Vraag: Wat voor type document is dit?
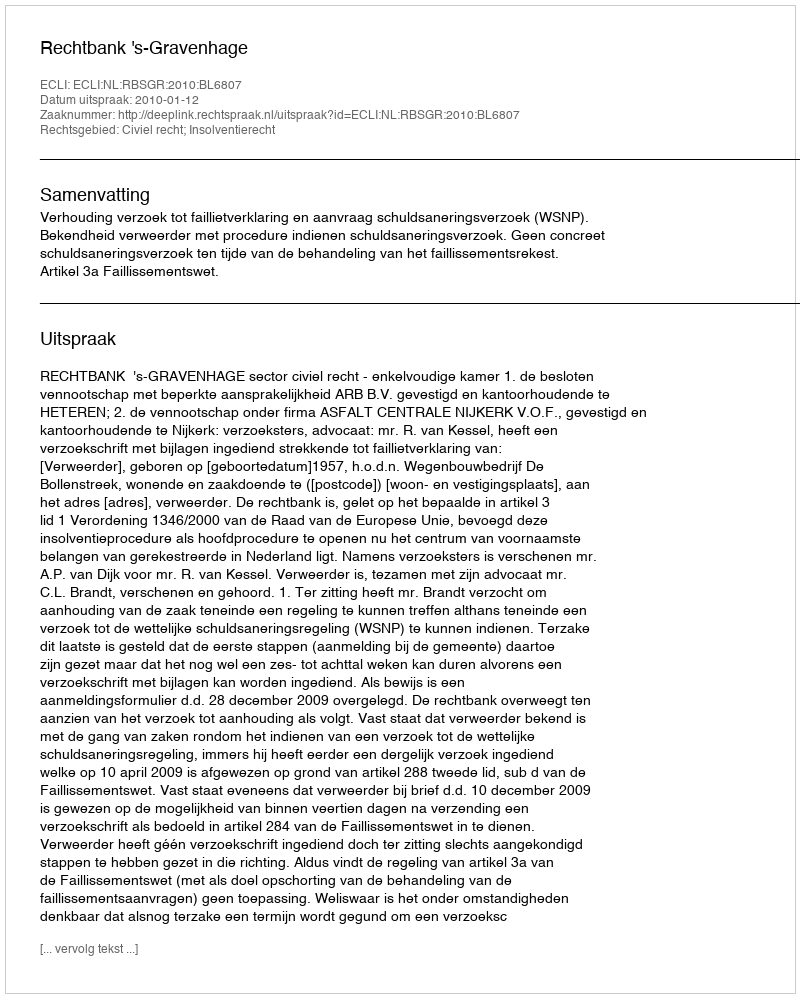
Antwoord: Uitspraak